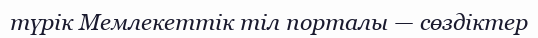
түрік Мемлекеттік тіл порталы — сөздіктер